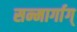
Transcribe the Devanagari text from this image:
सन्मार्गाग्